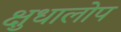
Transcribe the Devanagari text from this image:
क्षुधालोप